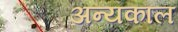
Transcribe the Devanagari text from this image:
अन्यकाल